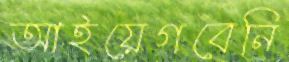
আইয়েগবেনি